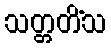
သတ္တတိံသ